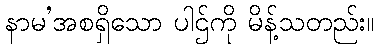
နာမ’အစရှိသော ပါဌ်ကို မိန့်သတည်း။